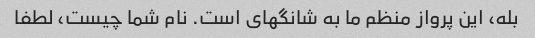
بله، این پرواز منظم ما به شانگهای است. نام شما چیست، لطفا